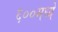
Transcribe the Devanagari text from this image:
६००मध्ये